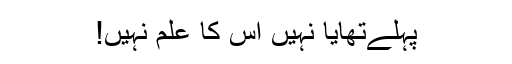
پہلےتھایا نہیں اس کا علم نہیں!